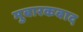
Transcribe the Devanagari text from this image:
मुबारकबाद